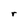
Character: r